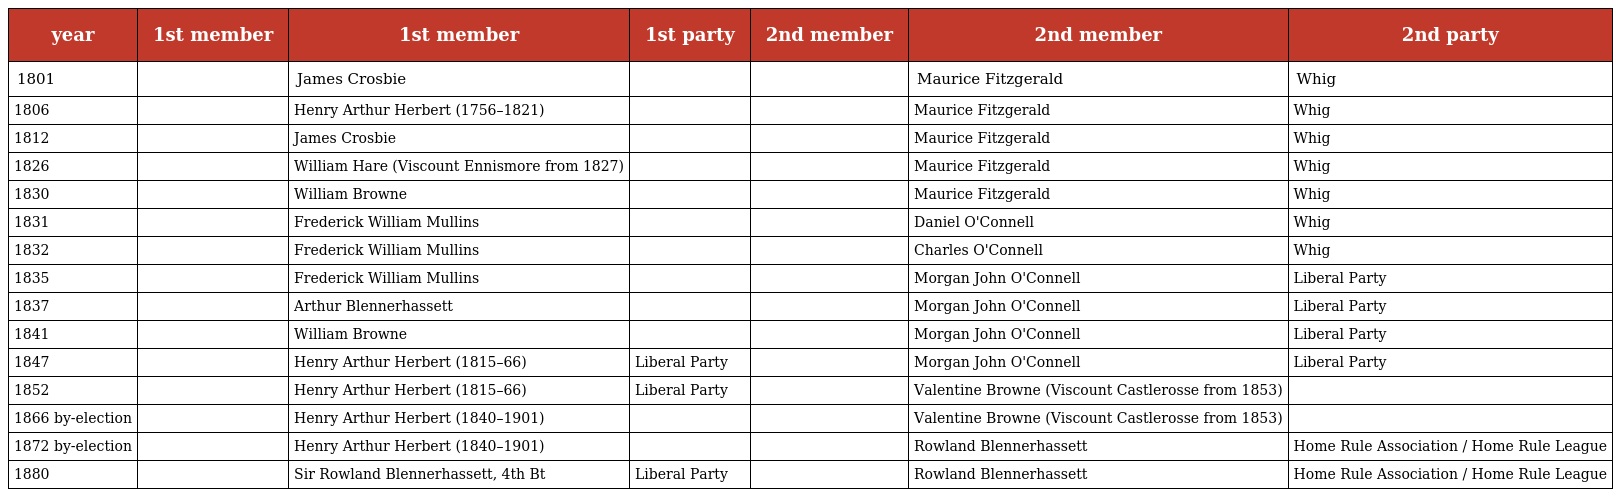
| year | 1st member | 1st member | 1st party | 2nd member | 2nd member | 2nd party |
 | --- | --- | --- | --- | --- | --- | --- |
 | 1801 |  | James Crosbie |  |  | Maurice Fitzgerald | Whig |
 | 1806 |  | Henry Arthur Herbert (1756–1821) |  |  | Maurice Fitzgerald | Whig |
 | 1812 |  | James Crosbie |  |  | Maurice Fitzgerald | Whig |
 | 1826 |  | William Hare (Viscount Ennismore from 1827) |  |  | Maurice Fitzgerald | Whig |
 | 1830 |  | William Browne |  |  | Maurice Fitzgerald | Whig |
 | 1831 |  | Frederick William Mullins |  |  | Daniel O'Connell | Whig |
 | 1832 |  | Frederick William Mullins |  |  | Charles O'Connell | Whig |
 | 1835 |  | Frederick William Mullins |  |  | Morgan John O'Connell | Liberal Party |
 | 1837 |  | Arthur Blennerhassett |  |  | Morgan John O'Connell | Liberal Party |
 | 1841 |  | William Browne |  |  | Morgan John O'Connell | Liberal Party |
 | 1847 |  | Henry Arthur Herbert (1815–66) | Liberal Party |  | Morgan John O'Connell | Liberal Party |
 | 1852 |  | Henry Arthur Herbert (1815–66) | Liberal Party |  | Valentine Browne (Viscount Castlerosse from 1853) |  |
 | 1866 by-election |  | Henry Arthur Herbert (1840–1901) |  |  | Valentine Browne (Viscount Castlerosse from 1853) |  |
 | 1872 by-election |  | Henry Arthur Herbert (1840–1901) |  |  | Rowland Blennerhassett | Home Rule Association / Home Rule League |
 | 1880 |  | Sir Rowland Blennerhassett, 4th Bt | Liberal Party |  | Rowland Blennerhassett | Home Rule Association / Home Rule League |